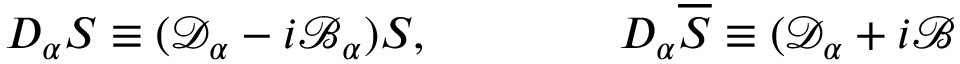
D _ { \alpha } S \equiv ( \mathcal { D } _ { \alpha } - i \mathcal { B } _ { \alpha } ) S , \qquad \qquad D _ { \alpha } \overline { { { S } } } \equiv ( \mathcal { D } _ { \alpha } + i \mathcal { B }